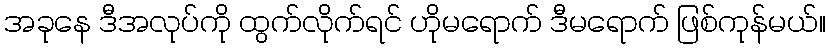
အခုနေ ဒီအလုပ်ကို ထွက်လိုက်ရင် ဟိုမရောက် ဒီမရောက် ဖြစ်ကုန်မယ်။